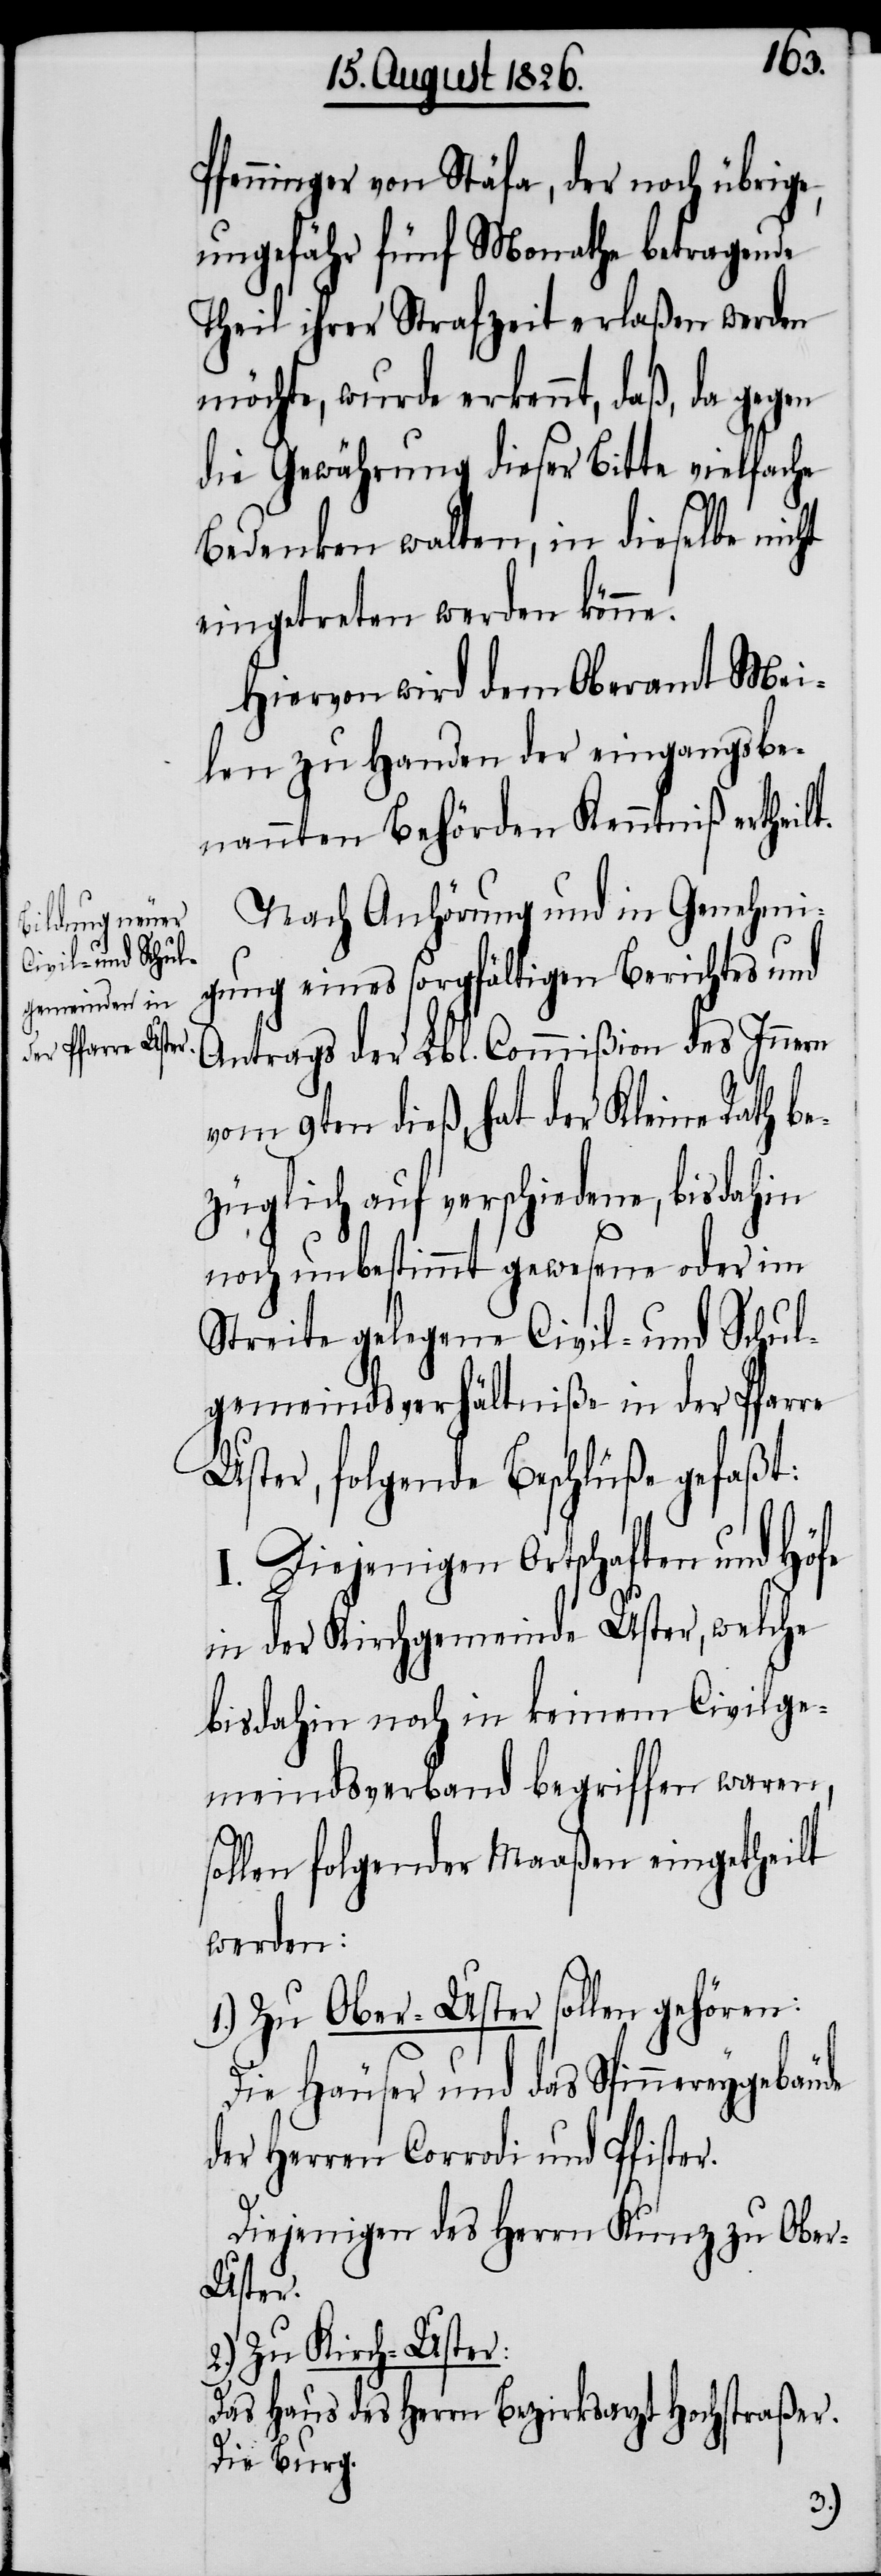
s¬
Pfenninger von Stäfa, der noch übrige,
ungefähr fünf Monathe betragende
Theil ihrer Strafzeit erlaßen werden
möchte, wurde erkennt, daß, da gegen
die Gewährung dieser Bitte vielfache
Bedenken walten, in dieselbe nicht
eingetreten werden könne.
Hiervon wird dem Oberamt Mei¬
len zu Handen der eingangsbe¬
nannten Behörden Kenntniß ertheilt.
Nach Anhörung und in Genehmi¬
gung eines sorgfältigen Berichtes und
Antrags der Lbl. Commißion des Innern
vom 9ten dieß, hat der Kleine Rath be¬
züglich auf verschiedene, bis dahin
noch unbestimmt gewesene oder im
Streite gelegene Civil- und Schul¬
gemeindsverhältniße in der Pfarre
Uster, folgende Beschlüße gefaßt:
I. Diejenigen Ortschaften und Höfe
in der Kirchgemeinde Uster, welche
bis dahin noch in keinem Civilge¬
meindsverband begriffen waren,
ollen folgender Maaßen eingetheilt
werden:
1.) Zu Ober-Uster sollen gehören:
Die Häuser und das Spinnereygebäude
der Herren Corrodi und Pfister.
Diejenigen des Herrn Kunz zu Obe¬
r-Uster.
2.) Zu Kirch-Uster:
Das Haus des Herrn Bezirksarzt Hochstraßer.
Die Burg.